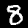
Label: 8